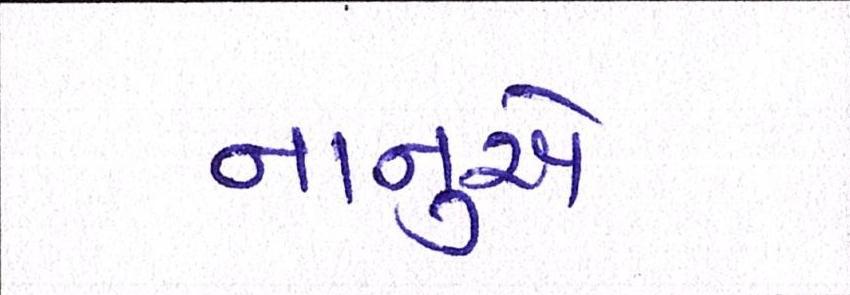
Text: નાનુએ